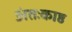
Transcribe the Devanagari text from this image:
अंतःकाष्ठ